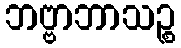
ဘဗ္ဗာဘာသဉ္စ